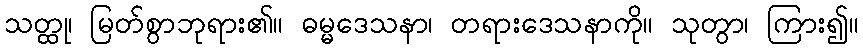
သတ္ထု၊ မြတ်စွာဘုရား၏။ ဓမ္မဒေသနာ၊ တရားဒေသနာကို။ သုတွာ၊ ကြား၍။